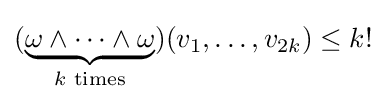
(\underbrace {\omega \wedge \cdots \wedge \omega } _{k{\text{ times}}})(v_{1},\ldots ,v_{2k})\leq k!